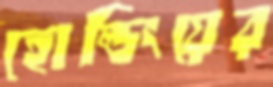
হোল্ডিংয়ের